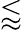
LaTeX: \lessapprox